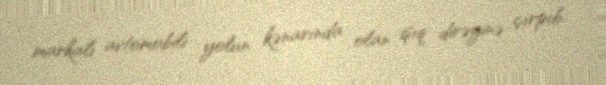
markalı avtomobili yolun kənarında olan işıq dirəyinə çırpıb.